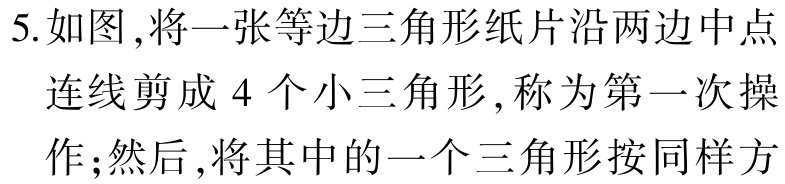
5.如图,将一张等边三角形纸片沿两边中点

连线剪成 4 个小三角形,称为第一次操

作;然后,将其中的一个三角形按同样方